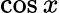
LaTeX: \cos x